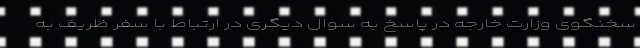
سخنگوی وزارت خارجه در پاسخ به سوال دیگری در ارتباط با سفر ظریف به